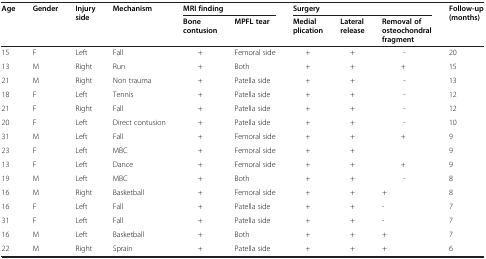
| Age | Gender | Injury side | Mechanism | <COLSPAN=2> MRI finding | <COLSPAN=3> Surgery | Follow-up (months) |
 |  |  |  |  | Bone contusion | MPFL tear | Medial plication | Lateral release | Removal of osteochondral fragment |  |
 | --- | --- | --- | --- | --- | --- | --- | --- | --- | --- |
 | 15 | F | Left | Fall | + | Femoral side | + | + | - | 20 |
 | 13 | M | Right | Run | + | Both | + | + | + | 15 |
 | 21 | M | Right | Non trauma | + | Patella side | + | + | - | 13 |
 | 18 | F | Left | Tennis | + | Patella side | + | + | - | 12 |
 | 21 | F | Right | Fall | + | Patella side | + | + | - | 12 |
 | 20 | F | Left | Direct contusion | + | Patella side | + | + | - | 10 |
 | 31 | M | Left | Fall | + | Femoral side | + | + | + | 9 |
 | 23 | F | Left | MBC | + | Femoral side | + | + |  | 9 |
 | 13 | F | Left | Dance | + | Femoral side | + | + | + | 9 |
 | 19 | M | Left | MBC | + | Both | + | + | - | 8 |
 | 16 | M | Right | Basketball | + | Femoral side | + | + | + | 8 |
 | 16 | F | Left | Fall | + | Patella side | + | + | - | 7 |
 | 31 | F | Left | Fall | + | Patella side | + | + | - | 7 |
 | 16 | M | Left | Basketball | + | Both | + | + | + | 7 |
 | 22 | M | Right | Sprain | + | Patella side | + | + | + | 6 |